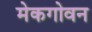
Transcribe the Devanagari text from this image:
मेकगोवन